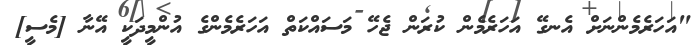
"އަހަރެމެންނަށް އެނގޭ އަހަރެމެން ކުރަން ޖެހޭ މަސައްކަތް އަހަރެމެންގެ އުންމީދަކީ އޭނާ [މެސީ]